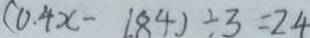
( 0 . 4 x - 1 . 8 4 ) \div 3 = 2 . 4